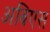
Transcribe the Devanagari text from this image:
अबिएस